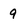
Character: 9